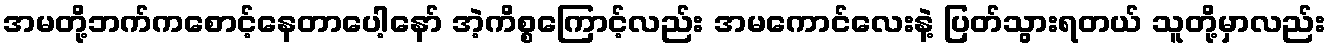
အမတို့ဘက်ကစောင့်နေတာပေါ့နော် အဲ့ကိစ္စကြောင့်လည်း အမကောင်လေးနဲ့ ပြတ်သွားရတယ် သူတို့မှာလည်း